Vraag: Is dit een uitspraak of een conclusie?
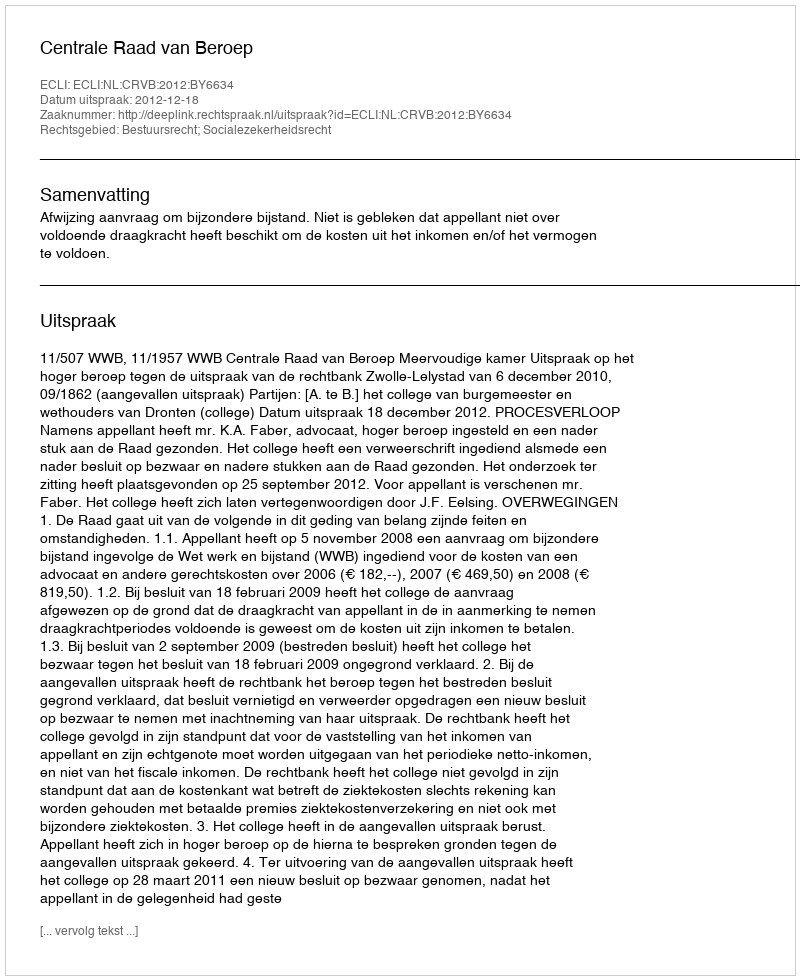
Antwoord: Uitspraak